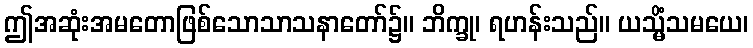
ဤအဆုံးအမတောဖြစ်သောသာသနာတော်၌။ ဘိက္ခု၊ ရဟန်းသည်။ ယသ္မိံသမယေ၊